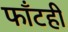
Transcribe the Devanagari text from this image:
फाँटही